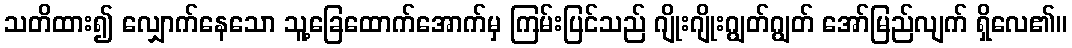
သတိထား၍ လျှောက်နေသော သူ့ခြေထောက်အောက်မှ ကြမ်းပြင်သည် ဂျိုးဂျိုးဂျွတ်ဂျွတ် အော်မြည်လျက် ရှိလေ၏။